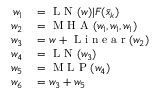
\begin{array} { r l } { w _ { 1 } } & { { } = \mathrm { ~ L ~ N ~ } ( w ) | F ( \bar { x } _ { k } ) } \\ { w _ { 2 } } & { { } = \mathrm { ~ M ~ H ~ A ~ } ( w _ { 1 } , w _ { 1 } , w _ { 1 } ) } \\ { w _ { 3 } } & { { } = w + \mathrm { ~ L ~ i ~ n ~ e ~ a ~ r ~ } ( w _ { 2 } ) } \\ { w _ { 4 } } & { { } = \mathrm { ~ L ~ N ~ } ( w _ { 3 } ) } \\ { w _ { 5 } } & { { } = \mathrm { ~ M ~ L ~ P ~ } ( w _ { 4 } ) } \\ { w _ { 6 } } & { { } = w _ { 3 } + w _ { 5 } } \end{array}